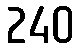
240